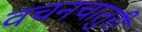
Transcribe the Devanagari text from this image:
वचनचातुरी